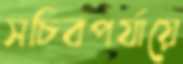
সচিবপর্যায়ে